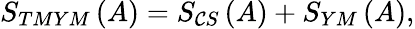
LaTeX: S_{TMYM}\left(A\right)=S_{\mathcal{C}S}\left(A\right)+S_{YM}\left(A\right),